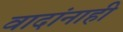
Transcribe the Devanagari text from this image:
वादांनाही